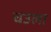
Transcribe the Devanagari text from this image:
चउला